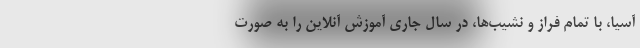
آسیا، با تمام فراز و نشیب‌ها، در سال جاری آموزش آنلاین را به صورت